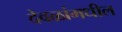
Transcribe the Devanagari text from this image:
देवळांमधील